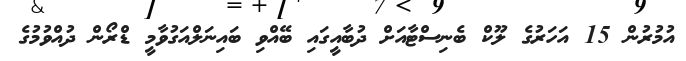
އުމުރުން 15 އަހަރުގެ ލޫކް ބެނިސްޓާއަށް ދުބާއީގައި ބޭއްވި ބައިނަލްއަގުވާމީ ޑްރޯން ދުއްވުމުގެ